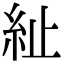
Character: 䊼